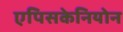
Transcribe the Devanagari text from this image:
एपिसकेनियोन